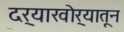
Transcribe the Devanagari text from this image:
दर्‍याखोर्‍यातून